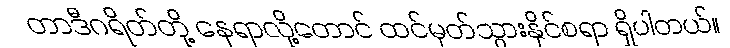
တာဒီဂရိတ်တို့ နေရာလို့တောင် ထင်မှတ်သွားနိုင်စရာ ရှိပါတယ်။